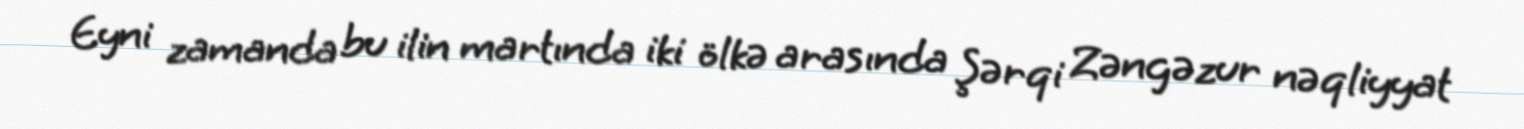
Eyni zamanda bu ilin martında iki ölkə arasında Şərqi Zəngəzur nəqliyyat